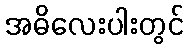
အဓိလေးပါးတွင်